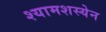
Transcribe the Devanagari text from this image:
श्यामशस्येन